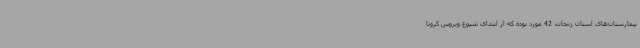
بیمارستان‌های استان زنجان، 42 مورد بوده که از ابتدای شیوع ویروس کرونا